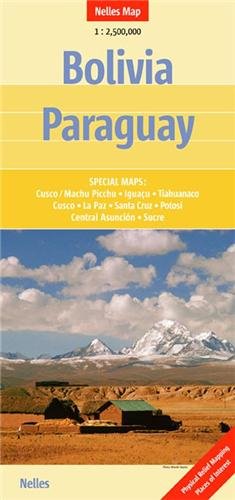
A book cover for Bolivia and Paraguay Nelles map (English, French, Italian and German Edition); Nelles Verlag; Travel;